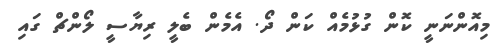
މިއޮންނަނީ ކޮން ގުޅުމެއް ކަން ދޯ. އެމެން ބެލީ ރިޔާސީ ލޯންޗް ގައި